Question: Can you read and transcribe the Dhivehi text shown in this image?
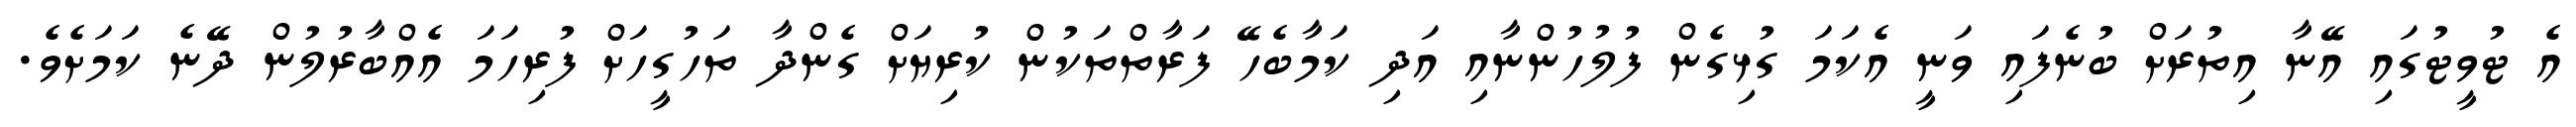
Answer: އެ ޓުވީޓުގައި އޭނާ އިތުރަށް ބުނެފައި ވަނީ އެކަމަ ގުޅިގެން ފުލުހުންނާއި އަދި ކަމާބެހޭ ފަރާތްތަކުން ކުރިޔަށް ގެންދާ ތަހުގީހަށް ފުރިހަމަ އެއްބާރުލުން ދޭނެ ކަމަށެވެ.